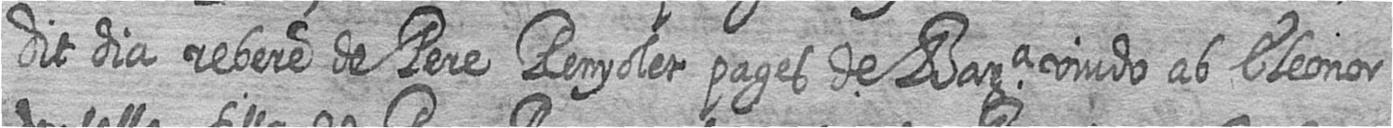
dit dia rebere de Pere Renyolet pages de Bara viudo ab Eleonor